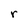
Character: r